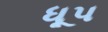
ધૂપ